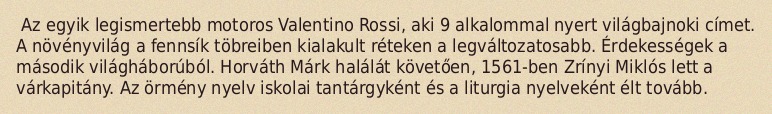
Az egyik legismertebb motoros Valentino Rossi, aki 9 alkalommal nyert világbajnoki címet. A növényvilág a fennsík töbreiben kialakult réteken a legváltozatosabb. Érdekességek a második világháborúból. Horváth Márk halálát követően, 1561-ben Zrínyi Miklós lett a várkapitány. Az örmény nyelv iskolai tantárgyként és a liturgia nyelveként élt tovább.